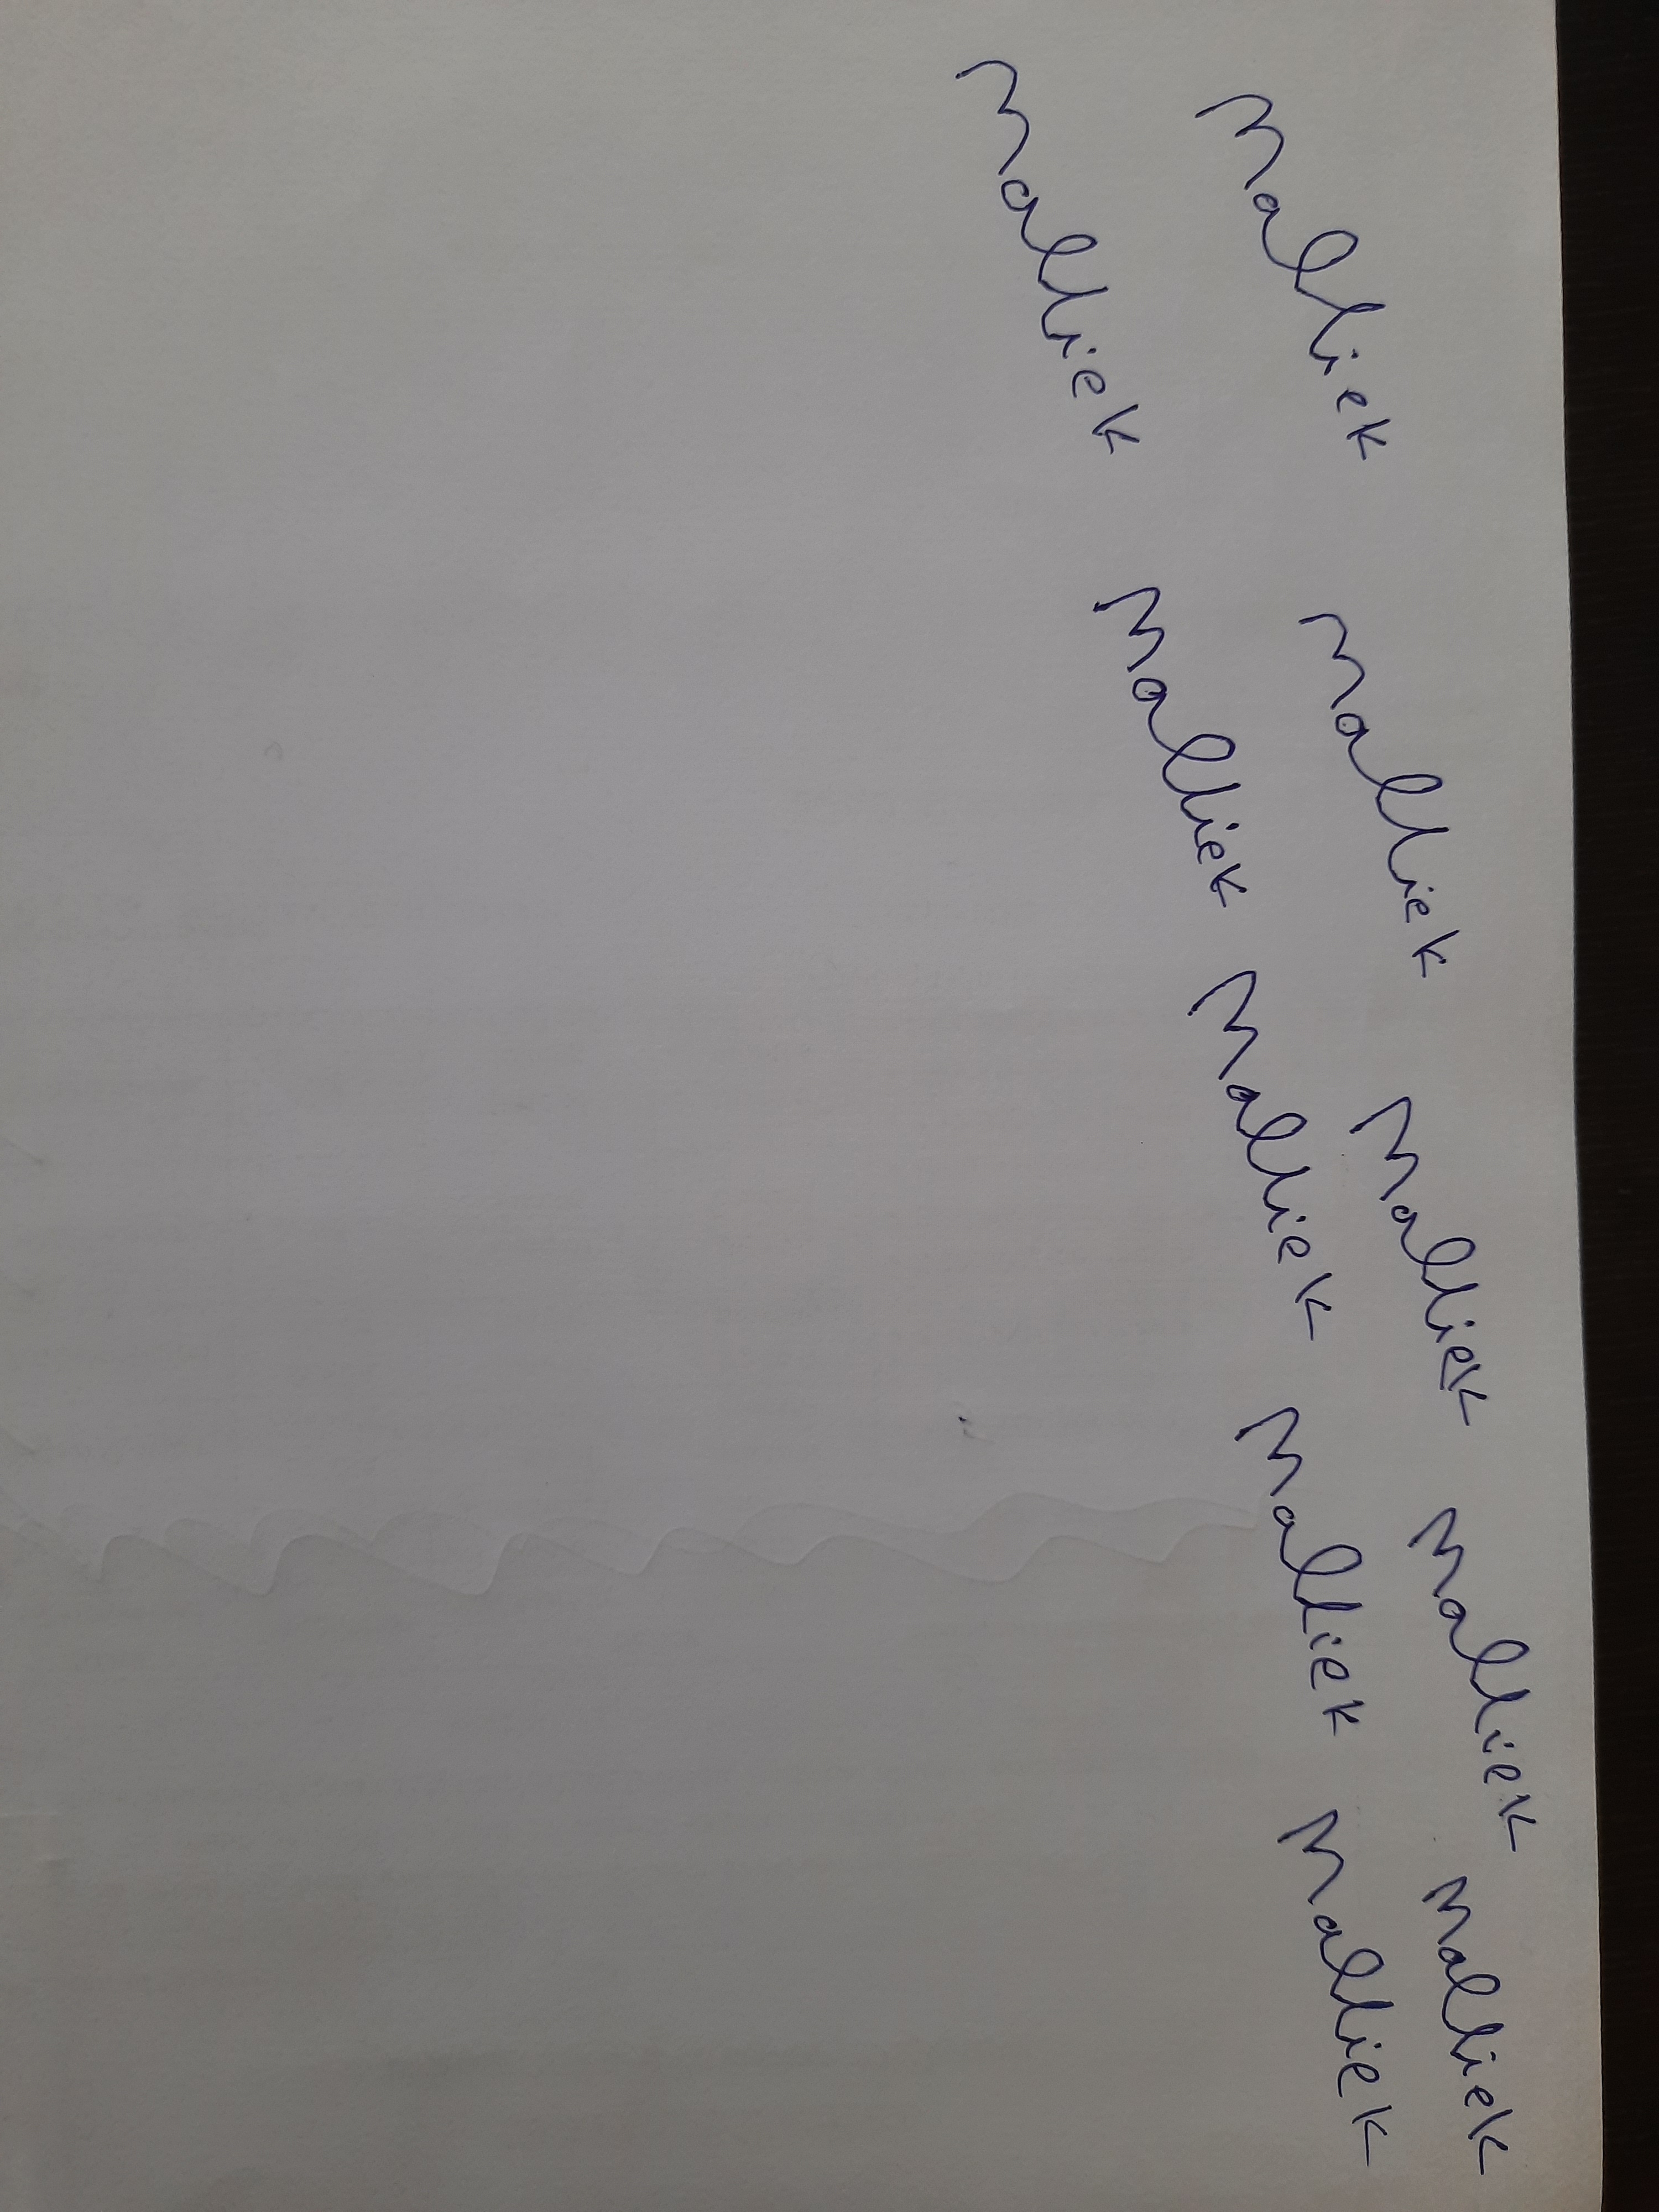
Signature authenticity: forged